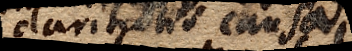
claritatis causa